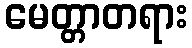
မေတ္တာတရား